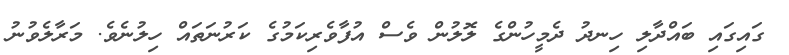
ގައިގައި ބައްދާލި ހިނދު ދެމީހުންގެ ލޮލުން ވެސް އުފާވެރިކަމުގެ ކަރުނަތައް ހިލުނެވެ. މަރާލެވުނު